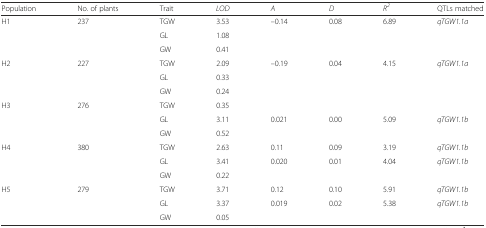
<table><thead><tr><td><b>Population</b></td><td><b>No. of plants</b></td><td><b>Trait</b></td><td><b><i>LOD</i></b></td><td><b><i>A</i></b></td><td><b><i>D</i></b></td><td><b><i>R</i><sup><i>2</i></sup></b></td><td><b>QTLs matched</b></td></tr></thead><tbody><tr><td>H1</td><td>237</td><td>TGW</td><td>3.53</td><td>–0.14</td><td>0.08</td><td>6.89</td><td><i>qTGW1.1a</i></td></tr><tr><td></td><td></td><td>GL</td><td>1.08</td><td></td><td></td><td></td><td></td></tr><tr><td></td><td></td><td>GW</td><td>0.41</td><td></td><td></td><td></td><td></td></tr><tr><td>H2</td><td>227</td><td>TGW</td><td>2.09</td><td>–0.19</td><td>0.04</td><td>4.15</td><td><i>qTGW1.1a</i></td></tr><tr><td></td><td></td><td>GL</td><td>0.33</td><td></td><td></td><td></td><td></td></tr><tr><td></td><td></td><td>GW</td><td>0.24</td><td></td><td></td><td></td><td></td></tr><tr><td>H3</td><td>276</td><td>TGW</td><td>0.35</td><td></td><td></td><td></td><td></td></tr><tr><td></td><td></td><td>GL</td><td>3.11</td><td>0.021</td><td>0.00</td><td>5.09</td><td><i>qTGW1.1b</i></td></tr><tr><td></td><td></td><td>GW</td><td>0.52</td><td></td><td></td><td></td><td></td></tr><tr><td>H4</td><td>380</td><td>TGW</td><td>2.63</td><td>0.11</td><td>0.09</td><td>3.19</td><td><i>qTGW1.1b</i></td></tr><tr><td></td><td></td><td>GL</td><td>3.41</td><td>0.020</td><td>0.01</td><td>4.04</td><td><i>qTGW1.1b</i></td></tr><tr><td></td><td></td><td>GW</td><td>0.22</td><td></td><td></td><td></td><td></td></tr><tr><td>H5</td><td>279</td><td>TGW</td><td>3.71</td><td>0.12</td><td>0.10</td><td>5.91</td><td><i>qTGW1.1b</i></td></tr><tr><td></td><td></td><td>GL</td><td>3.37</td><td>0.019</td><td>0.02</td><td>5.38</td><td><i>qTGW1.1b</i></td></tr><tr><td></td><td></td><td>GW</td><td>0.05</td><td></td><td></td><td></td><td></td></tr></tbody></table>